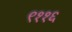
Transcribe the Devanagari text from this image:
९११६